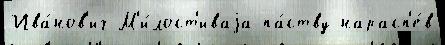
Ива́нов'ич М'и́лост'иваjа па́ству нарасп'е́в